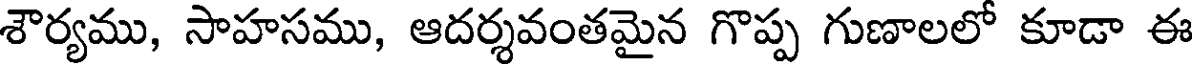
శౌర్యము, సాహసము, ఆదర్శవంతమైన గొప్ప గుణాలలో కూడా ఈ